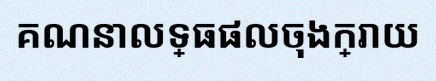
គណនាលទ្ធផលចុងក្រោយ